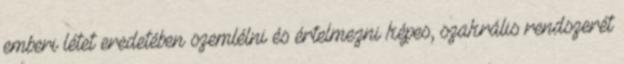
emberi létet eredetében szemlélni és értelmezni képes, szakrális rendszerét